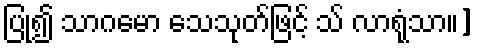
ပြု၍ သာဂမော သေသုတ်ဖြင့် သ် လာရုံသာ။]